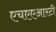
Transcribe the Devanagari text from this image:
एचएएआरटी